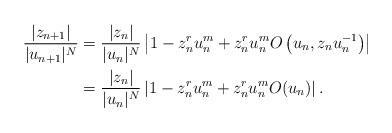
LaTeX: \begin{align*}\frac{|z_{n+1}|}{|u_{n+1}|^N}&=\frac{|z_n|}{|u_n|^N}\left|1-z_n^ru_n^m+z_n^ru_n^mO\left(u_n,z_nu_n^{-1}\right)\right|\\&=\frac{|z_n|}{|u_n|^N}\left|1-z_n^ru_n^m+z_n^ru_n^mO(u_n)\right|.\end{align*}